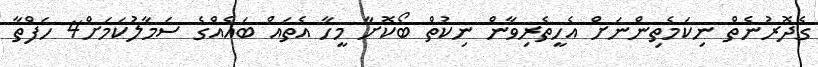
ގެދޮރުނެތް ނިކަމެތިންނަށް އެހީތެރިވާން ނިކުތް ބޯކޮށާ މީހާ އެތައް ބައެއްގެ ސަމާލުކަމަށް4 ހަފްތާ